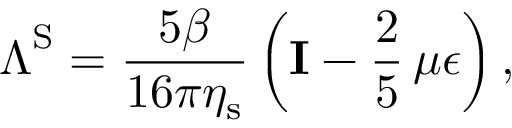
\boldsymbol { \Lambda } ^ { \mathrm { S } } = \frac { 5 \beta } { 1 6 \pi \eta _ { \mathrm { s } } } \left( \mathbf { I } - \frac { 2 } { 5 } \, \mu \boldsymbol { \epsilon } \right) ,